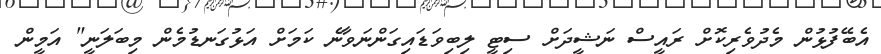
އެބޭފުޅުން މެދުވެރިކޮށް ރައީސް ނަޝީދަށް ސިޓީ ލިބިވަޑައިގަންނަވާނެ ކަމަށް އަޅުގަނޑުމެން މިބަލަނީ" އަމީން